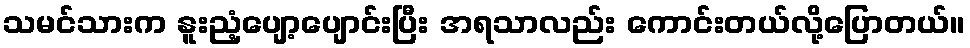
သမင်သားက နူးညံ့ပျော့ပျောင်းပြီး အရသာလည်း ကောင်းတယ်လို့ပြောတယ်။